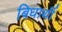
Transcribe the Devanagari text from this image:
बिधार्थी